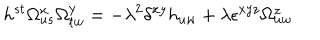
h ^ { s t } \Omega _ { u s } ^ { x } \Omega _ { t w } ^ { y } = - \lambda ^ { 2 } \delta ^ { x y } h _ { u w } + \lambda \epsilon ^ { x y z } \Omega _ { u w } ^ { z }